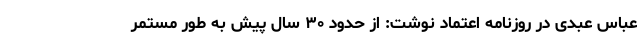
عباس عبدی در روزنامه اعتماد نوشت: از حدود ۳۰ سال پیش به طور مستمر